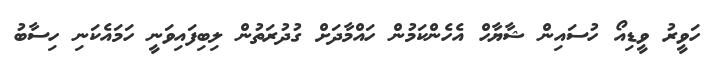
ހަވީރު ވީޑިއޯ ހުސައިން ޝާޔާހް އެހެންކަމުން ހައްމާދަށް ގުދުރަތުން ލިބިފައިވަނީ ހަމައެކަނި ހިސާބު